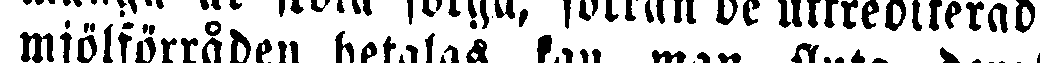
mjölförråden betalas, kan man sluta deraf,